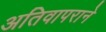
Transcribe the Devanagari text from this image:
अतिवापराने